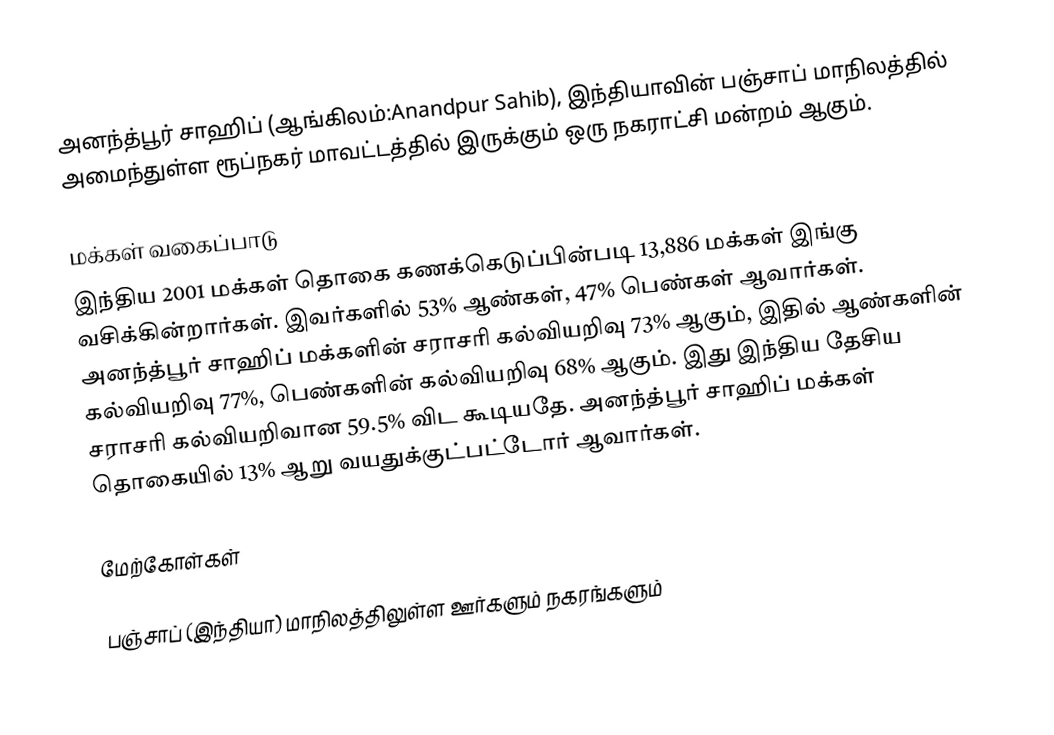
அனந்த்பூர் சாஹிப் (ஆங்கிலம்:Anandpur Sahib), இந்தியாவின் பஞ்சாப் மாநிலத்தில் அமைந்துள்ள ரூப்நகர் மாவட்டத்தில் இருக்கும் ஒரு நகராட்சி மன்றம் ஆகும்.

மக்கள் வகைப்பாடு
இந்திய 2001 மக்கள் தொகை கணக்கெடுப்பின்படி 13,886 மக்கள் இங்கு வசிக்கின்றார்கள். இவர்களில் 53% ஆண்கள், 47% பெண்கள் ஆவார்கள். அனந்த்பூர் சாஹிப் மக்களின் சராசரி கல்வியறிவு 73% ஆகும்,  இதில் ஆண்களின் கல்வியறிவு 77%,  பெண்களின் கல்வியறிவு 68% ஆகும். இது இந்திய தேசிய சராசரி கல்வியறிவான 59.5% விட கூடியதே. அனந்த்பூர் சாஹிப் மக்கள் தொகையில் 13%  ஆறு வயதுக்குட்பட்டோர் ஆவார்கள்.

மேற்கோள்கள்

பஞ்சாப் (இந்தியா) மாநிலத்திலுள்ள ஊர்களும் நகரங்களும்